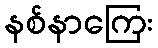
နစ်နာကြေး